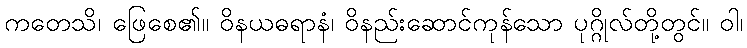
ကတေသိ၊ ဖြေစေ၏။ ဝိနယဓရာနံ၊ ဝိနည်းဆောင်ကုန်သော ပုဂ္ဂိုလ်တို့တွင်။ ဝါ၊